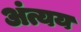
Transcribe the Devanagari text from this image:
अंत्यय